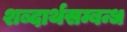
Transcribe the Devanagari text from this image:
शब्दार्थसम्बन्ध